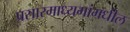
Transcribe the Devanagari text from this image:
प्रसारमाध्‍यमांमधील